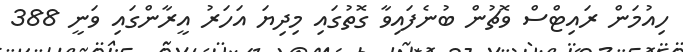
ހިއުމަން ރައިޓްސް ވޮޗުން ބުނެފައިވާ ގޮތުގައި މިދިޔަ އަހަރު އީރާންގައި ވަނީ 388